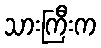
သားကြီးက